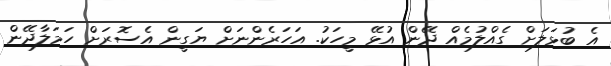
އެ ބުޅަލަށް ގެއްލުމެއް ދޭން އުޅޭ މީހަކު. އަހަރެންނަށް ޔަގީން އެސޮރަށް ހަމަލާދޭން